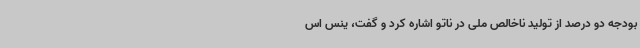
بودجه دو درصد از تولید ناخالص ملی در ناتو اشاره کرد و گفت، ینس اس